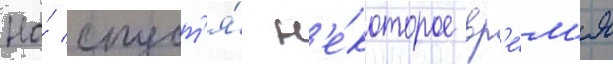
Но́ спуст'я́ н'е́которое вр'е́м'я